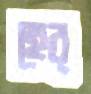
হের্